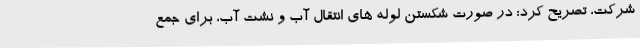
شرکت، تصریح کرد: در صورت شکستن لوله های انتقال آب و نشت آب، برای جمع